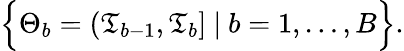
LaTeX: \Big\{ \Theta_{b}=(\mathfrak{T}_{b-1},\mathfrak{T}_{b}]\ |\ b=1,\ldots,B\Big\} .